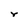
Character: r